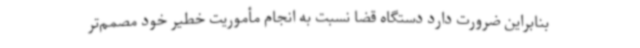
بنابراین ضرورت دارد دستگاه قضا نسبت به انجام مأموریت خطیر خود مصمم‌تر